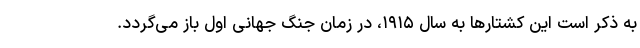
به ذکر است این کشتارها به سال ۱۹۱۵، در زمان جنگ جهانی اول باز می‌گردد.